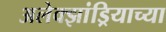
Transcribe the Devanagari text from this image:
अलेक्झांड्रियाच्या